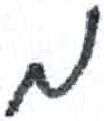
אות: מ